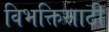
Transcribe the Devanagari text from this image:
विभक्तिसाठी